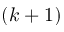
\left( k + 1 \right)